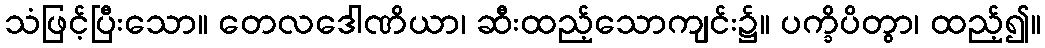
သံဖြင့်ပြီးသော။ တေလဒေါဏိယာ၊ ဆီးထည့်သောကျင်း၌။ ပက္ခိပိတွာ၊ ထည့်၍။